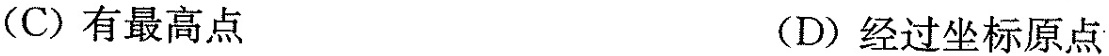
(C)有最高点 (D)经过坐标原点